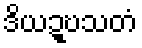
ဒိယဍ္ဎသတံ